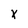
Character: x